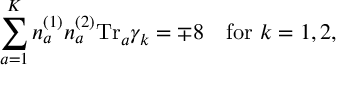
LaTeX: \sum _ { a = 1 } ^ { K } n _ { a } ^ { ( 1 ) } n _ { a } ^ { ( 2 ) } \mathrm { T r } _ { a } \gamma _ { k } = \mp 8 \ \ \ \mathrm { f o r } \ k = 1 , 2 ,